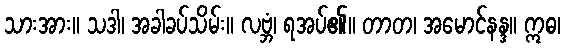
သားအား။ သဒါ၊ အခါခပ်သိမ်း။ လဗ္ဘံ၊ ရအပ်၏။ တာတ၊ အမောင်နန္ဒ။ ဣဓ၊